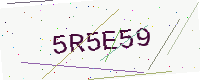
Text: 5R5E59